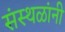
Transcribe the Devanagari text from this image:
संस्थळांनी